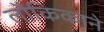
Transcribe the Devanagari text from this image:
लौकिकाने